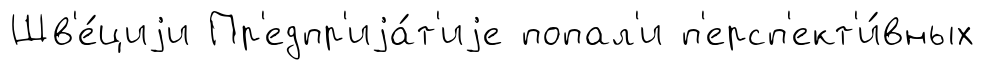
Шв'е́циjи Пр'едпр'иjа́т'иjе попал'и п'ерсп'ект'и́вных